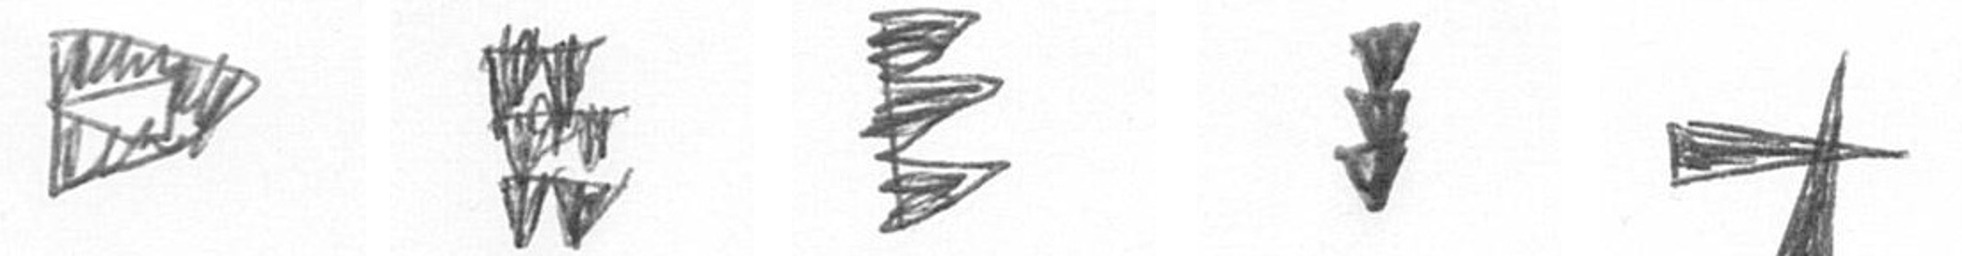
K Y H E G